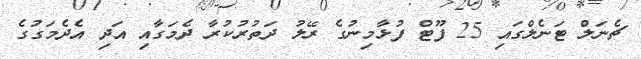
ޗެނަލް ޓަނެލްގައި 25 ފޫޓް ފުޅާމިނުގެ ރޭލު ދަތުރުކުރާ ދެމަގާއި އަދި އެދެމަގުގެ